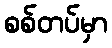
စစ်တပ်မှာ